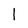
Character: l